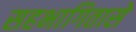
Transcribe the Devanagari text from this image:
सहभागितासे